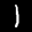
Label: 1